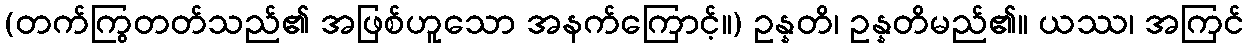
(တက်ကြွတတ်သည်၏ အဖြစ်ဟူသော အနက်ကြောင့်။) ဥန္နတိ၊ ဥန္နတိမည်၏။ ယဿ၊ အကြင်